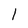
Character: 1